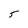
Character: 5